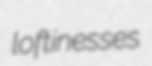
loftinesses